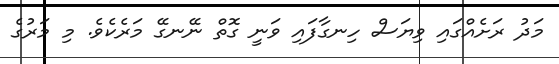
މަދު ރަށެއްގައި ވިޔަސް ހިނގާފައި ވަނީ ގޮތް ނޭނގޭ މަރެކެވެ. މި މަރުގެ